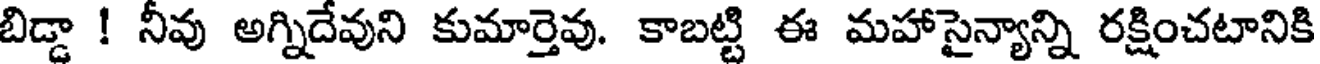
బిడ్డా ! నీవు అగ్నిదేవుని కుమార్తెవు. కాబట్టి ఈ మహాసైన్యాన్ని రక్షించటానికి